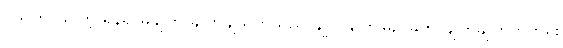
ပသတ်ပါလော့ ရန်ရှာမချုတ် ချုတ်ချယ်ဟူသည် ချုတ်ချုတ်မြည်ခိုက် ချုတ်ချုတ်တိုက်ရိုး